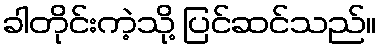
ခါတိုင်းကဲ့သို့ ပြင်ဆင်သည်။